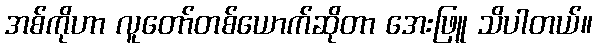
အစ်ကိုဟာ လူတော်တစ်ယောက်ဆိုတာ အေးဖြူ သိပါတယ်။